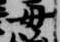
母